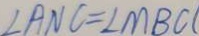
\angle A N C = \angle M B C (